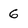
Character: 6